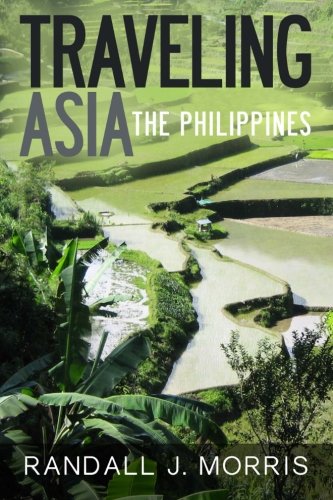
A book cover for Traveling Asia: The Philippines; Randall J Morris; Travel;